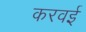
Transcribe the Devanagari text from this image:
करवई